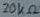
Text: 20KΩ